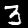
Label: 3